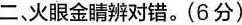
二、火眼金睛辨对错。(6分)